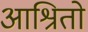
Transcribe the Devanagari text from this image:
आश्रितो